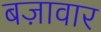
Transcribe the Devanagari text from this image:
बज़ावार